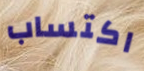
اكتساب